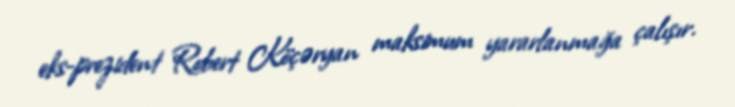
eks-prezident Robert Köçəryan maksimum yararlanmağa çalışır.